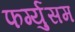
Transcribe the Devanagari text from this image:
फर्ग्युसम